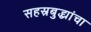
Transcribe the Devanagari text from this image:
सहस्रबुद्ध्यांचा